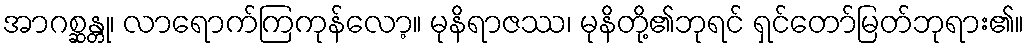
အာဂစ္ဆန္တု၊ လာရောက်ကြကုန်လော့။ မုနိရာဇဿ၊ မုနိတို့၏ဘုရင် ရှင်တော်မြတ်ဘုရား၏။